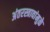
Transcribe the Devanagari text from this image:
अंतरस्त्रावांमुळे